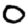
Digit: 0